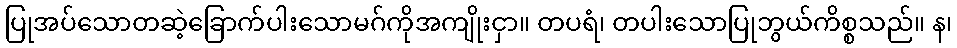
ပြုအပ်သောတဆဲ့ခြောက်ပါးသောမဂ်ကိုအကျိုးငှာ။ တပရံ၊ တပါးသောပြုဘွယ်ကိစ္စသည်။ န၊